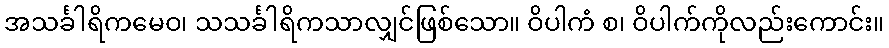
အသင်္ခါရိကမေဝ၊ သသင်္ခါရိကသာလျှင်ဖြစ်သော။ ဝိပါကံ စ၊ ဝိပါက်ကိုလည်းကောင်း။